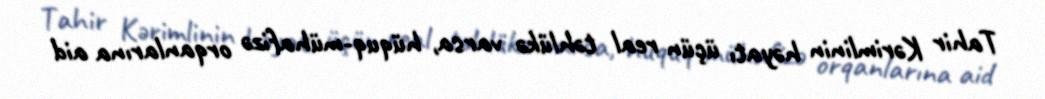
Tahir Kərimlinin həyatı üçün real təhlükə varsa, hüquq-mühafizə orqanlarına aid